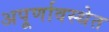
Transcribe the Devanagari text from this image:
अपूर्णावस्थेत